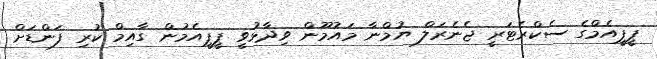
ޕީޕީއެމްގެ ސެކްރެޓަރީ ޖެނެރަލް ޔުމްނާ މައުމޫން ވިދާޅުވީ ޕީޕީއެމުން ގާއިމް ކުރި ފަންޑަށް